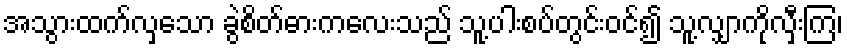
အသွားထက်လှသော ခွဲစိတ်ဓားကလေးသည် သူ့ပါးစပ်တွင်းဝင်၍ သူ့လျှာကိုလှီးကြ၊